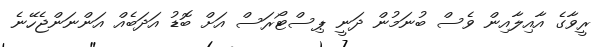
ރީވާގެ އާއިލާއިން ވެސް ބުނަމުން ދަނީ ޕިސްޓޯރަސް އަށް ބޮޑު އަދަބެއް އަންނަންޖެހޭނެ